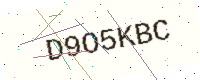
Text: D9O5KBC